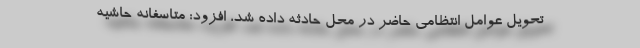
تحویل عوامل انتظامی حاضر در محل حادثه داده شد، افزود: متاسفانه حاشیه